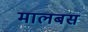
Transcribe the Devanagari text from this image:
मालबस